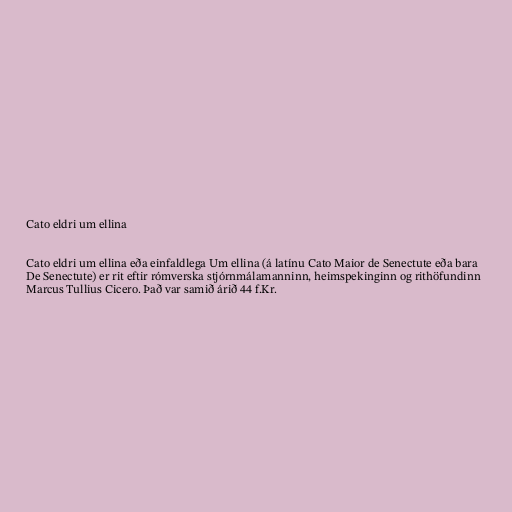
Cato eldri um ellina

Cato eldri um ellina eða einfaldlega Um ellina (á latínu Cato Maior de Senectute eða bara
De Senectute) er rit eftir rómverska stjórnmálamanninn, heimspekinginn og rithöfundinn
Marcus Tullius Cicero. Það var samið árið 44 f.Kr.